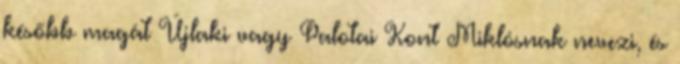
később magát Újlaki vagy Palotai Kont Miklósnak nevezi, és